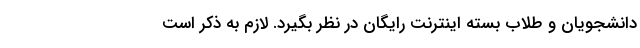
دانشجویان و طلاب بسته اینترنت رایگان در نظر بگیرد. لازم به ذکر است